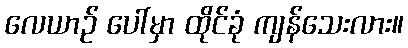
လေယာဉ် ပေါ်မှာ ထိုင်ခုံ ကျန်သေးလား။